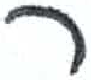
אות: ר